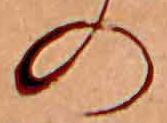
の